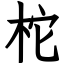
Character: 柁